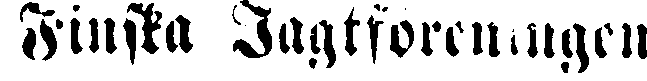
Finska Jagtföreningen